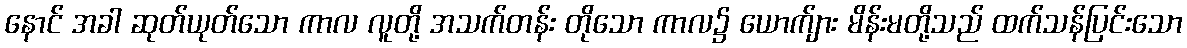
နောင် အခါ ဆုတ်ယုတ်သော ကာလ လူတို့ အသက်တန်း တိုသော ကာလ၌ ယောက်ျား မိန်းမတို့သည် ထက်သန်ပြင်းသော